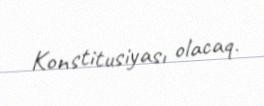
Konstitusiyası olacaq.